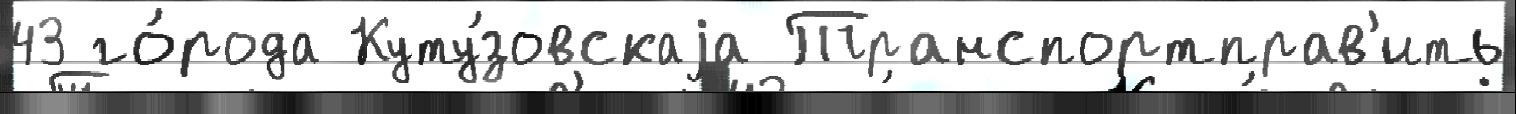
43 го́рода Куту́зовскаjа Транспортправ'ить